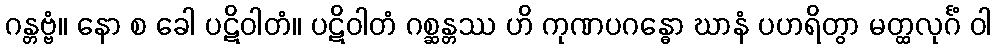
ဂန္တဗ္ဗံ။ နော စ ခေါ ပဋိဝါတံ။ ပဋိဝါတံ ဂစ္ဆန္တဿ ဟိ ကုဏပဂန္ဓော ဃာနံ ပဟရိတွာ မတ္ထလုင်္ဂံ ဝါ